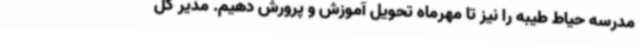
مدرسه حیاط طیبه را نیز تا مهرماه تحویل آموزش و پرورش دهیم. مدیر کل